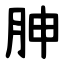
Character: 胂